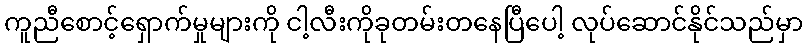
ကူညီစောင့်ရှောက်မှုများကို ငါ့လီးကိုခုတမ်းတနေပြီပေါ့ လုပ်ဆောင်နိုင်သည်မှာ